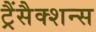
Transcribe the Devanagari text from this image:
ट्रैंसैक्शन्स